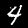
Label: 4